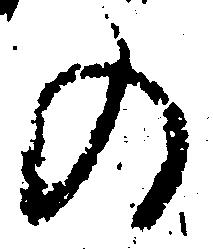
の